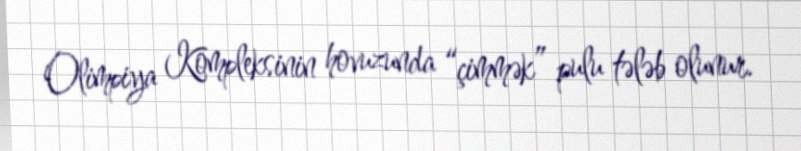
Olimpiya Kompleksinin hovuzunda “çimmək” pulu tələb olunur.